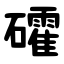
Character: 礭